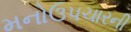
મનોઉપચારની